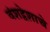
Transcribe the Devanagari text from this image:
वंशद्वेशाचे